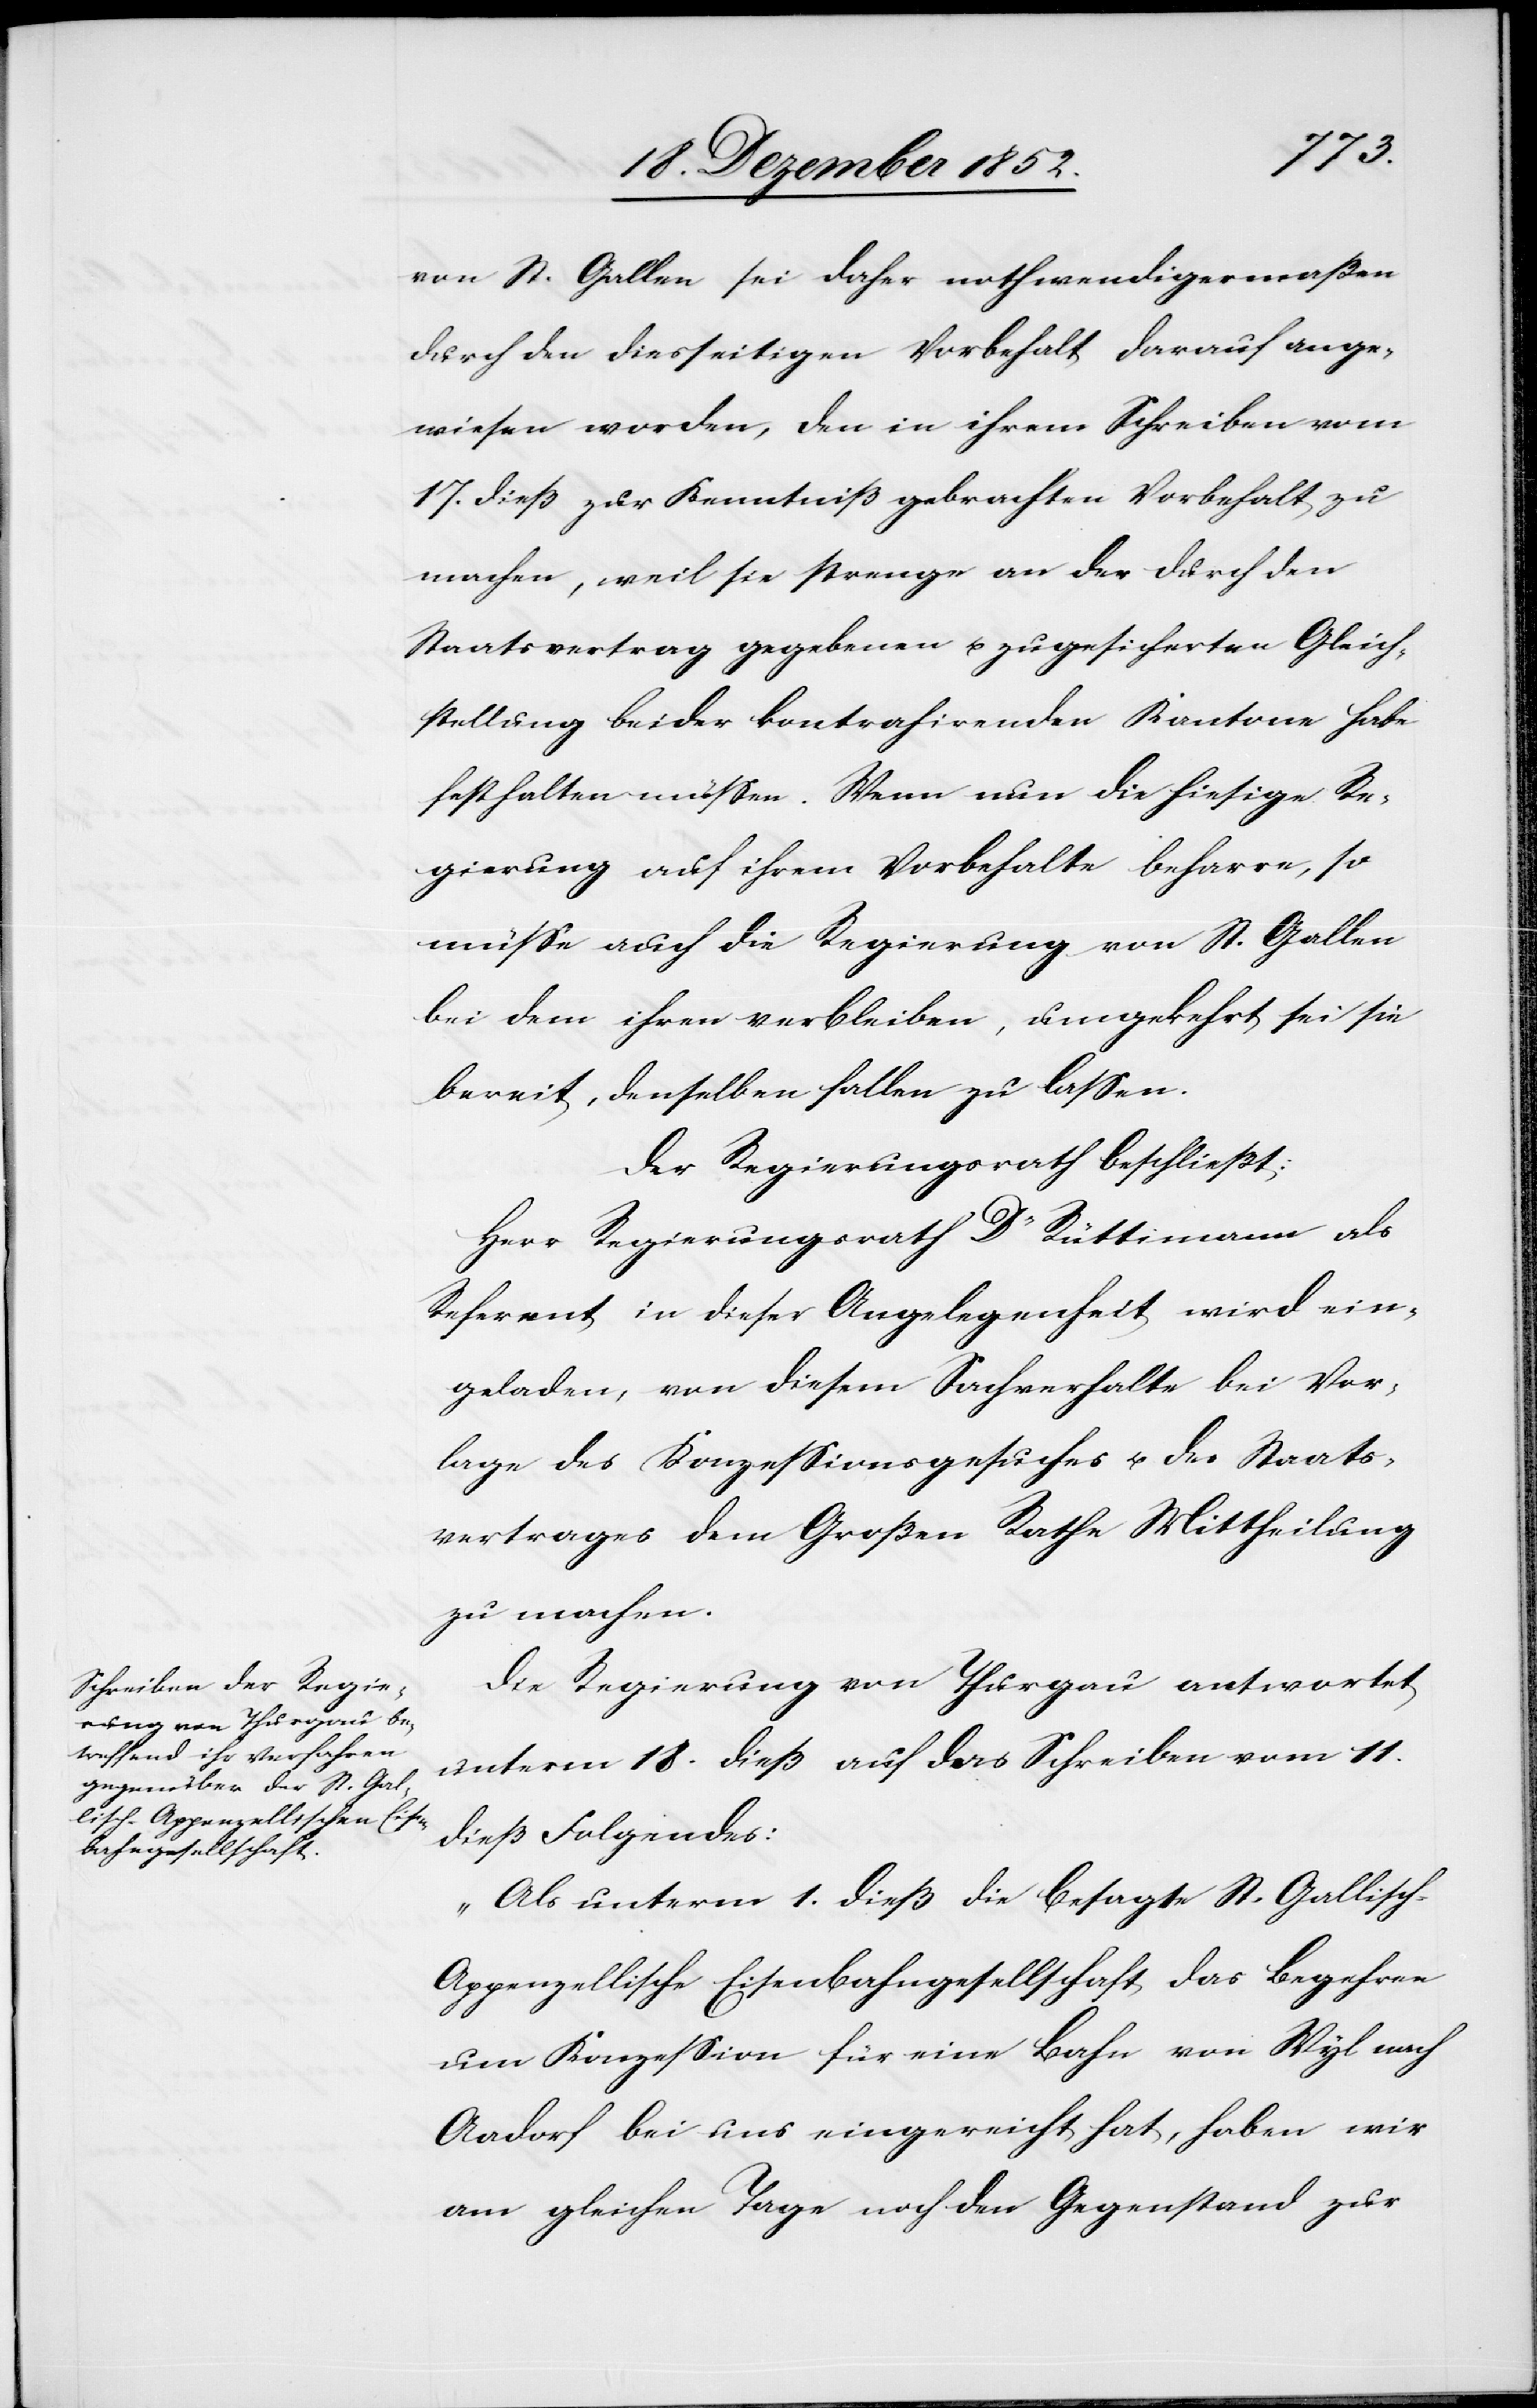
von St. Gallen sei daher nothwendigermaßen
durch den diesseitigen Vorbehalt darauf ange¬
wiesen worden, den in ihrem Schreiben vom
17. dieß zur Kenntniß gebrachten Vorbehalt zu
machen, weil sie strenge an der durch den
Staatsvertrag gegebenen u. zugesicherten Gleich¬
stellung beider kontrahirenden Kantone habe
festhalten müssen. Wenn nun die hiesige Re¬
gierung auf ihrem Vorbehalte beharre, so
müsse auch die Regierung von St. Gallen
bei dem ihren verbleiben, umgekehrt sei sie
bereit, denselben fallen zu lassen.
Der Regierungsrath beschließt:
Herr Regierungsrath Dr Rüttimann als
Referent in dieser Angelegenheit wird ein¬
geladen, von diesem Sachverhalte bei Vor¬
lage des Konzessionsgesuches u. des Staats¬
vertrages dem Großen Rathe Mittheilung
zu machen.
Die Regierung von Thurgau antwortet
unterm 18. dieß auf das Schreiben vom 11.
dieß Folgendes:
„Als unterm 1. dieß die besagte St. Gallisch-A¬
ppenzellische Eisenbahngesellschaft das Begehren
um Konzession für eine Bahn von Wyl nach
Aadorf bei uns eingereicht hat, haben wir
am gleichen Tage noch den Gegenstand zur